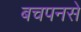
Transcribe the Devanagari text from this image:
बचपनसे